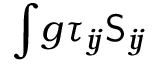
\int \! g \tau _ { i \! j } \mathsf { S } _ { i \! j }